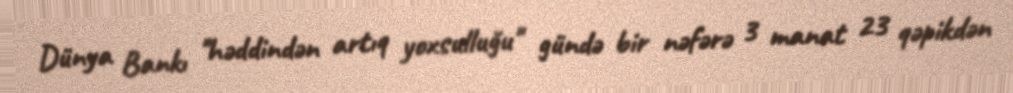
Dünya Bankı "həddindən artıq yoxsulluğu" gündə bir nəfərə 3 manat 23 qəpikdən